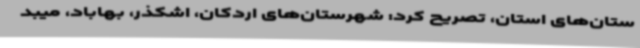
ستان‌های استان، تصریح کرد: شهرستان‌های اردکان، اشکذر، بهاباد، میبد